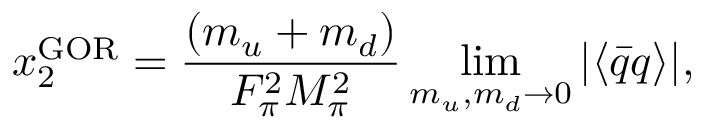
x _ { 2 } ^ { \mathrm { G O R } } = \frac { ( m _ { u } + m _ { d } ) } { F _ { \pi } ^ { 2 } M _ { \pi } ^ { 2 } } \operatorname * { l i m } _ { m _ { u } , m _ { d } \to 0 } | \langle \bar { q } q \rangle | ,